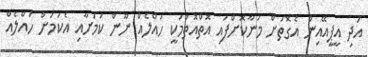
އަދި އީޕީއޭއިން އެގޮތަށް މަނާކޮށްފައި އޮތްއޮތުމަކީ ހައްލެއް ނޫން ކަމަަށާއި އެކަަމަށް ހައްލެއް